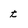
Character: t